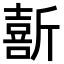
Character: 𫿽